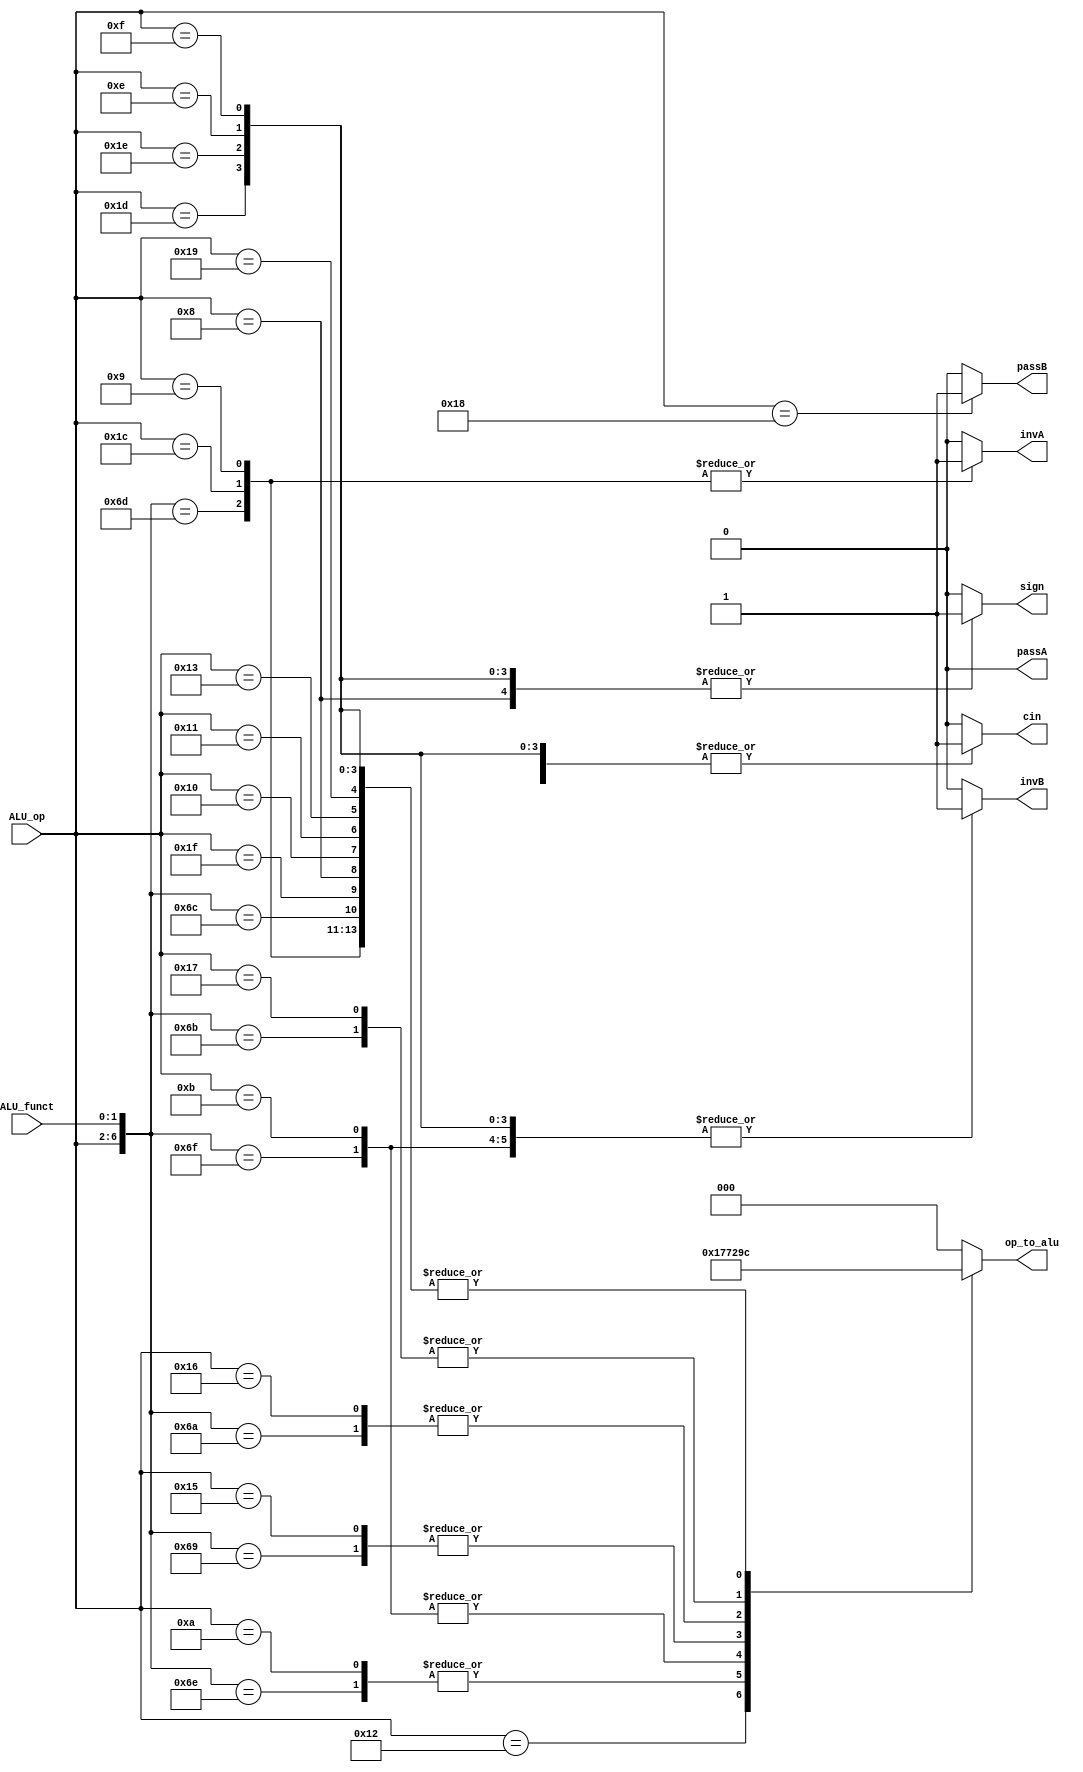
module alu_control(ALU_op, ALU_funct, invA, invB, sign, op_to_alu, cin, passA, passB);

  input [4:0] ALU_op;
  input [1:0] ALU_funct;

  output reg invA;
  output reg invB;
  output reg sign;
  output reg [2:0] op_to_alu; 
  output reg cin;
  output reg passA, passB;

  always @(*)
  begin
    /*Defaults*/
    invA = 1'b0;
    invB = 1'b0;
    sign = 1'b0;
    op_to_alu = 3'b000;
    cin = 1'b0;
    passA = 1'b0;
    passB = 1'b0;
    casex({ALU_op, ALU_funct})
      7'b00000_xx: //HALT
        begin

        end
      /*WORKING INSTRUCTIONS*/
      7'b11000_xx: //LBI
        begin
          op_to_alu = 3'b000;
          passB = 1'b1;
        end
      7'b11011_00: //ADD
        begin
          op_to_alu = 3'b100;
        end
      7'b11011_11: //ANDN
        begin
          invB = 1'b1;
          op_to_alu = 3'b111;
         end
      7'b11011_01: //SUB
        begin
          invA = 1'b1;
          cin = 1'b1;
          op_to_alu = 3'b100;
         end
      7'b11011_10: //XOR
        begin
          op_to_alu = 3'b110;
         end
      7'b11100_xx: //SEQ
        begin
          invA = 1'b1;
          cin = 1'b1;
          op_to_alu = 3'b100;
         end
      7'b11101_xx: //SLT
        begin
          sign = 1'b1;
          invB = 1'b1;
          cin = 1'b1;
          op_to_alu = 3'b100;
         end
      7'b11110_xx: //SLE
        begin
          sign = 1'b1;
          invB = 1'b1;
          cin = 1'b1;
          op_to_alu = 3'b100;
         end
      7'b11111_xx: //SCO
        begin
          op_to_alu = 3'b100;
         end
      7'b10010_xx: //SLBI
        begin
          op_to_alu = 3'b101; //OR
         end
      7'b01000_xx: //ADDI
        begin
          sign = 1'b1;
          op_to_alu = 3'b100;
        end
      7'b01001_xx: //SUBI
        begin
          invA = 1'b1;
          cin = 1'b1;
          op_to_alu = 3'b100;
         end
      7'b01010_xx: //XORI
        begin
          op_to_alu = 3'b110;
         end
      7'b01011_xx: //ANDNI
        begin
          invB = 1'b1;
          op_to_alu = 3'b111;
         end
      7'b11010_00: //ROL
        begin
          op_to_alu = 3'b000;
         end
      7'b10100_xx: //ROLI
        begin
          op_to_alu = 3'b000;
         end
      7'b11010_01: //SLL
        begin
          op_to_alu = 3'b001;
         end
      7'b10101_xx: //SLLI
        begin
          op_to_alu = 3'b001;
         end
      7'b11010_10: //ROR
        begin
          op_to_alu = 3'b010;
         end
      7'b10110_xx: //RORI
        begin
          op_to_alu = 3'b010;
         end
      7'b11010_11: //SRL
        begin
          op_to_alu = 3'b011;
         end
      7'b10111_xx: //SRLI
        begin
          op_to_alu = 3'b011;
         end
      7'b10000_xx: //ST
        begin
          op_to_alu = 3'b100;
         end
      7'b10001_xx: //LD
        begin
          op_to_alu = 3'b100;
         end
      7'b10011_xx: //STU
        begin
          op_to_alu = 3'b100;
         end
      7'b11001_xx: //BTR
        begin
          op_to_alu = 3'b100;
        end
///////////////////////////////////////

      
      7'b01110_xx: //BLTZ
        begin
          sign = 1'b1;
          invB = 1'b1;
          cin = 1'b1;
          op_to_alu = 3'b100;
        end
      7'b01111_xx: //BGEZ
        begin
          sign = 1'b1;
          invB = 1'b1;
          cin = 1'b1;
          op_to_alu = 3'b100;
        end

      default:
        begin

        end
    endcase
  end
endmodule